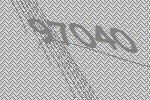
97040